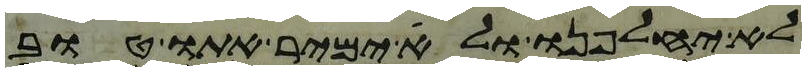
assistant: לא יחלפנו ולא ימיר אתו טוב